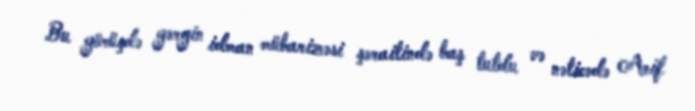
Bu görüşdə gərgin idman mübarizəsi şəraitində baş tutdu və nəticədə Arif